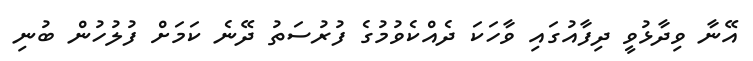
އޭނާ ވިދާޅުވީ ދިފާއުގައި ވާހަކަ ދެއްކެވުމުގެ ފުރުސަތު ދޭނެ ކަމަށް ފުލުހުން ބުނި